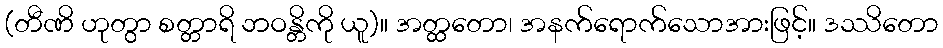
(တီဏိ ဟုတွာ စတ္တာရိ ဘဝန္တိကို ယူ)။ အတ္ထတော၊ အနက်ရောက်သောအားဖြင့်။ ဒဿိတော